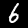
Label: 6